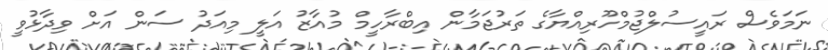
ނަމަވެސް ރައީސުލްޖުމްހޫރިއްޔާގެ ތަރުޖަމާން އިބްރާހީމް މުއާޒު އަލީ މިއަދު ސަން އަށް ވިދާޅުވީ